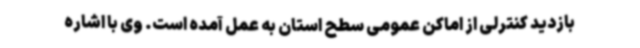
بازدید کنترلی از اماکن عمومی سطح استان به عمل آمده است. وی با اشاره